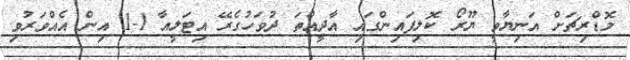
މޮޑްރިޗަށް އަނިޔާވީ ޔޫރޯ ކޮލިފައިންގައި އާދީއްތަ ދުވަހުގެރޭ އިޓަލީއާ 1-1 އިން އެއްވަރުވި